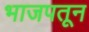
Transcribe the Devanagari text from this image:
भाजपतून